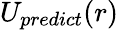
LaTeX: U_{predict}(r)